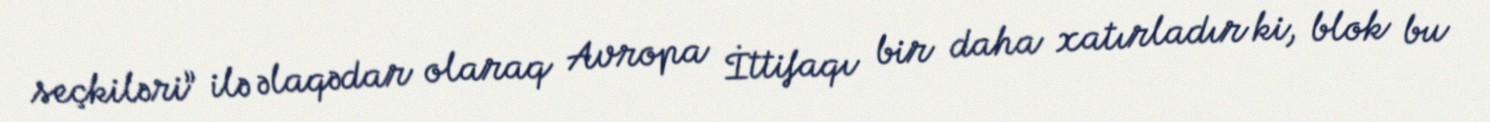
seçkiləri” ilə əlaqədar olaraq Avropa İttifaqı bir daha xatırladır ki, blok bu